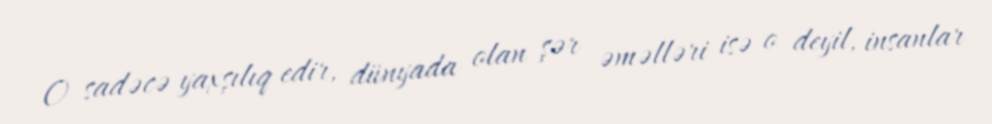
O sadəcə yaxşılıq edir, dünyada olan şər əməlləri isə o deyil, insanlar